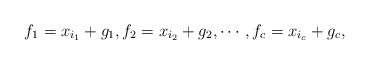
LaTeX: \begin{align*}f_1 = x_{i_1} + g_1, f_2 = x_{i_2} + g_2, \cdots, f_c = x_{i_c} + g_c,\end{align*}